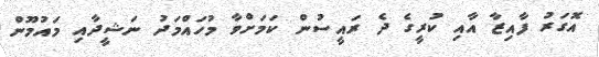
އޮގަރު ފާއިޒާ އާއި ކުރީގެ ދެ ރައީސުން ކަމަށްވާ މުހައްމަދު ނަޝީދާއި މައުމޫން